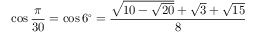
\cos { \frac { \pi } { 3 0 } } = \cos 6 ^ { \circ } = { \frac { { \sqrt { 1 0 - { \sqrt { 2 0 } } } } + { \sqrt { 3 } } + { \sqrt { 1 5 } } } { 8 } }